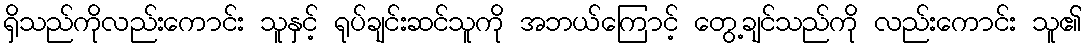
ရှိသည်ကိုလည်းကောင်း သူနှင့် ရုပ်ချင်းဆင်သူကို အဘယ်ကြောင့် တွေ့ချင်သည်ကို လည်းကောင်း သူ၏